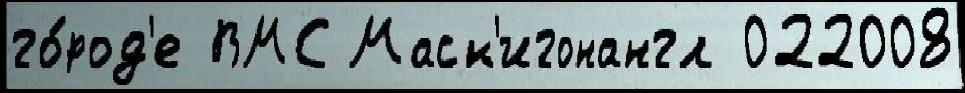
го́род'е ВМС Маск'игонангл 022008